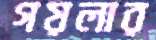
গয়লার